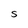
Character: S